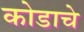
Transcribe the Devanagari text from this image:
कोडाचे